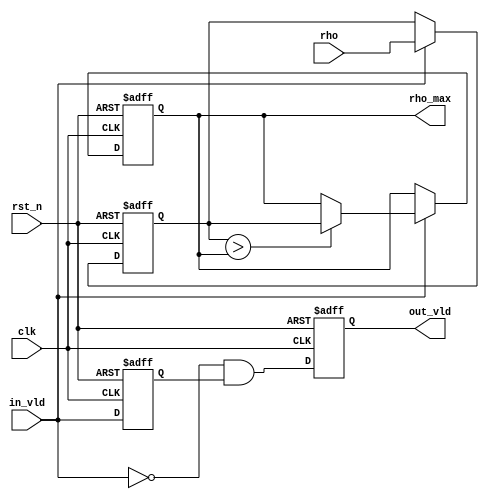
// phase 256clk
module rho_max
(
    input  wire         rst_n       ,
    input  wire         clk         ,
    input  wire         in_vld      ,
    input  wire [27:0]  rho         ,// 12bitx12bity


    output reg          out_vld     ,    
    output reg  [27:0]  rho_max     // rho max 
);

reg  in_vld_d;
//wire in_vld_neg;
reg  [27:0] rho_d;

always @(posedge clk or negedge rst_n) begin
    if(!rst_n)
        in_vld_d <= 1'b0;
    else
        in_vld_d <= in_vld;
end

always @(posedge clk or negedge rst_n) begin
    if(!rst_n)
        out_vld <= 1'b0;
    else
        out_vld <= ~in_vld & in_vld_d;//256
    
end

always @(posedge clk or negedge rst_n) begin
    if(!rst_n) begin
        rho_d   <= 28'd0;
        rho_max <= 28'd0;
    end
    else if(in_vld == 1'b1) begin
        rho_d <= rho;
        if(rho_d > rho_max)  
            rho_max <= rho_d;
        else 
            rho_max <= rho_max;
    end
end
/*******************************************************/

endmodule